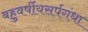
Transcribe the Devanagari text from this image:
बहुवर्षीयसर्पगंधा